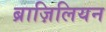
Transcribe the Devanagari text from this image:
ब्राज़िलियन